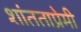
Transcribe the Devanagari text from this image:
शांतताप्रेमी